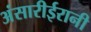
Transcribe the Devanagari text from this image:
अंसारीईरानी